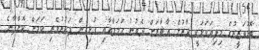
ބޮޑުވަޒީރުގެ މިފިޔަވަޅަކީ ދާރުލް އާޘާރަށް ދެވުނު ޙަމަލާއާއި ގުޅިގެން ފަތުރުވެރި ކަމަށް ކޮށްފާނެ